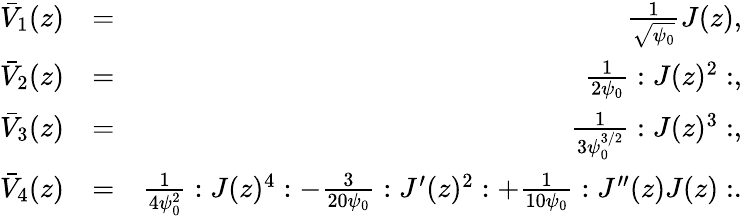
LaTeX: \begin{array}{rlr}{\bar{V}_{1}(z)}&{=}&{\frac{1}{\sqrt{\psi_{0}}}J(z),}\\ {\bar{V}_{2}(z)}&{=}&{\frac{1}{2\psi_{0}}:J(z)^{2}:,}\\ {\bar{V}_{3}(z)}&{=}&{\frac{1}{3\psi_{0}^{3/2}}:J(z)^{3}:,}\\ {\bar{V}_{4}(z)}&{=}&{\frac{1}{4\psi_{0}^{2}}:J(z)^{4}:-\frac{3}{20\psi_{0}}:J^{\prime}(z)^{2}:+\frac{1}{10\psi_{0}}:J^{\prime\prime}(z)J(z):.}\end{array}